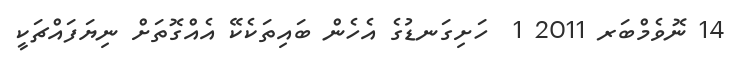
14 ނޮވެމްބަރ 2011 1  ހަށިގަނޑުގެ އެހެން ބައިތަކެކޭ އެއްގޮތަށް ނިޔަފައްޗަކީ